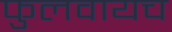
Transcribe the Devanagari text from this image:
फुलवायच